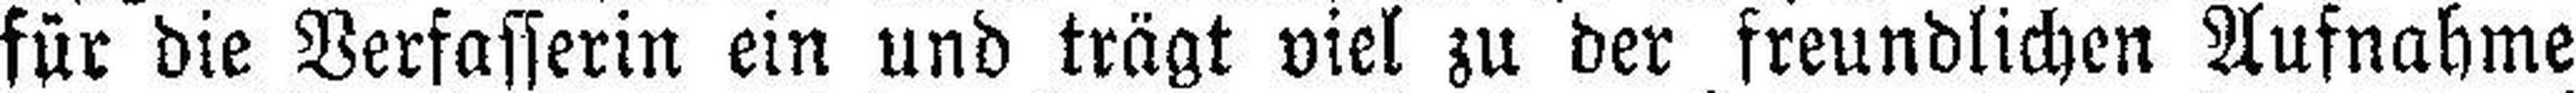
für die Verfasserin ein und trägt viel zu der freundlichen Aufnahme